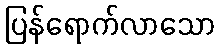
ပြန်ရောက်လာသော